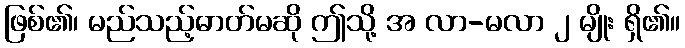
ဖြစ်၏၊ မည်သည့်ဓာတ်မဆို ဤသို့ အ လာ-မလာ ၂ မျိုး ရှိ၏။